Civil Veterinary Dept. Assam report 1911-1927 - 1911-1927
Year: 1911
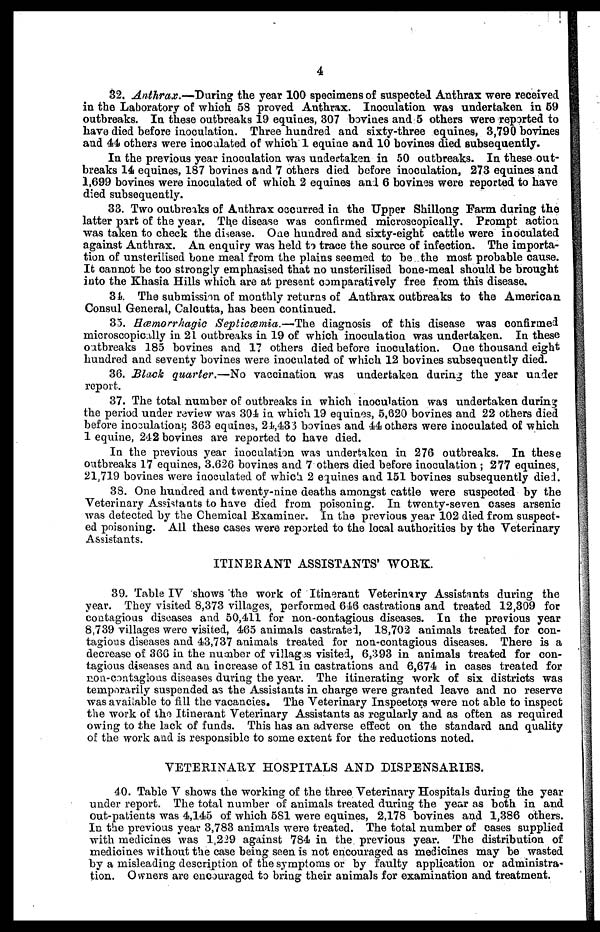
4
32. Anthrax.—Daring the year 100 specimens of suspected Anthrax were received
in the Laboratory of which 58 proved Anthrax. Inoculation was undertaken in 69
outbreaks. In these outbreaks 19 equines, 307 bovines and 5 others were reported to
have died before inoculation. Three hundred and sixty-three equines, 3,790 bovines
and 44 others were inoculated of which 1 equine and 10 bovines died subsequently.
In the previous year inoculation was undertaken in 50 outbreaks. In these out-
breaks 14 equines, 187 bovines and 7 others died before inoculation, 273 equines and
1,699 bovines were inoculated of which 2 equines and 6 bovines were reported to have
died subsequently.
33. Two outbreaks of Anthrax occurred in the Upper Shillong Farm during the
latter part of the year. The disease was confirmed microscopically. Prompt action
was taken to check the disease. One hundred and sixty-eight cattle were inoculated
against Anthrax. An enquiry was held to trace the source of infection. The importa-
tion of unsterilised bone meal from the plains seemed to be the most probable cause.
It cannot be too strongly emphasised that no unsterilised bone-meal should be brought
into the Khasia Hills which are at present comparatively free from this disease.
34. The submission of monthly returns of Anthrax outbreaks to the American
Consul General, Calcutta, has been continued.
35. Hæmorrhagic Septicæmia.—The diagnosis of this disease was confirmed
microscopically in 21 outbreaks in 19 of which inoculation was undertaken. In these
outbreaks 185 bovines and 17 others died before inoculation. One thousand eight
hundred and seventy bovines were inoculated of which 12 bovines subsequently died.
36. Black quarter.—No vaccination was undertaken during the year under
report.
37. The total number of outbreaks in which inoculation was undertaken during
the period under review was 304 in which 19 equines, 5,620 bovines and 22 others died
before inoculationg 363 equines, 21,433 bovines and 44 others were inoculated of which
1 equine, 242 bovines are reported to have died.
In the previous year inoculation was undertaken in 276 outbreaks. In these
outbreaks 17 equines, 3.626 bovines and 7 others died before inoculation; 277 equines,
21,719 bovines were inoculated of which 2 equines and 151 bovines subsequently died.
38. One hundred and twenty-nine deaths amongst cattle were suspected by the
Veterinary Assistants to have died from poisoning. In twenty-seven oases arsenic
was detected by the Chemical Examiner. In the previous year 102 died from suspect-
ed poisoning. All these cases were reported to the local authorities by the Veterinary
Assistants.
ITINERANT ASSISTANTS' WORK.
39. Table IV shows the work of Itinerant Veterinary Assistants during the
year. They visited 8,373 villages, performed 646 castrations and treated 12,309 for
contagious diseases and 50,411 for non-contagious diseases. In the previous year
8,739 villages were visited, 465 animals castrated, 18,702 animals treated for con-
tagious diseases and 43,737 animals treated for non-contagious diseases. There is a
decrease of 366 in the number of villag3s visited, 6,393 in animals treated for con-
tagious diseases and an increase of 181 in castrations and 6,674 in oases treated for
non-contagious diseases during the year. The itinerating work of six districts was
temporarily suspended as the Assistants in charge were granted leave and no reserve
was available to fill the vacancies. The Veterinary Inspectors were not able to inspect
the work of the Itinerant Veterinary Assistants as regularly and as often as required
owing to the lack of funds. This has an adverse effect on the standard and quality
of the work and is responsible to some extent for the reductions noted.
VETERINARY HOSPITALS AND DISPENSARIES.
40. Table V shows the working of the three Veterinary Hospitals during the year
under report. The total number of animals treated during the year as both in and
out-patients was 4,145 of which 581 were equines, 2,178 bovines and 1,886 others.
In the previous year 3,783 animals were treated. The total number of cases supplied
with medicines was 1,229 against 784 in the previous year. The distribution of
medicines without the case being seen is not encouraged as medicines may be wasted
by a misleading description of the symptoms or by faulty application or administra-
tion. Owners are encouraged to bring their animals for examination and treatment.